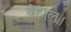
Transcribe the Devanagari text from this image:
बेहाल।